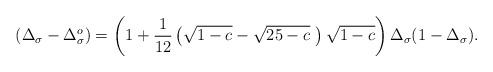
LaTeX: \begin{align*}\protect(\Delta_{\sigma} - \Delta_{\sigma}^{o}) = \left(1 +{\frac{1}{12}}\left(\sqrt{1-c} - \sqrt{25-c}~\right)\sqrt{1-c}\right)\Delta_{\sigma}(1 - \Delta_{\sigma}).\end{align*}